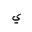
Letter: _ya